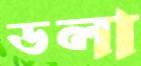
ডলা